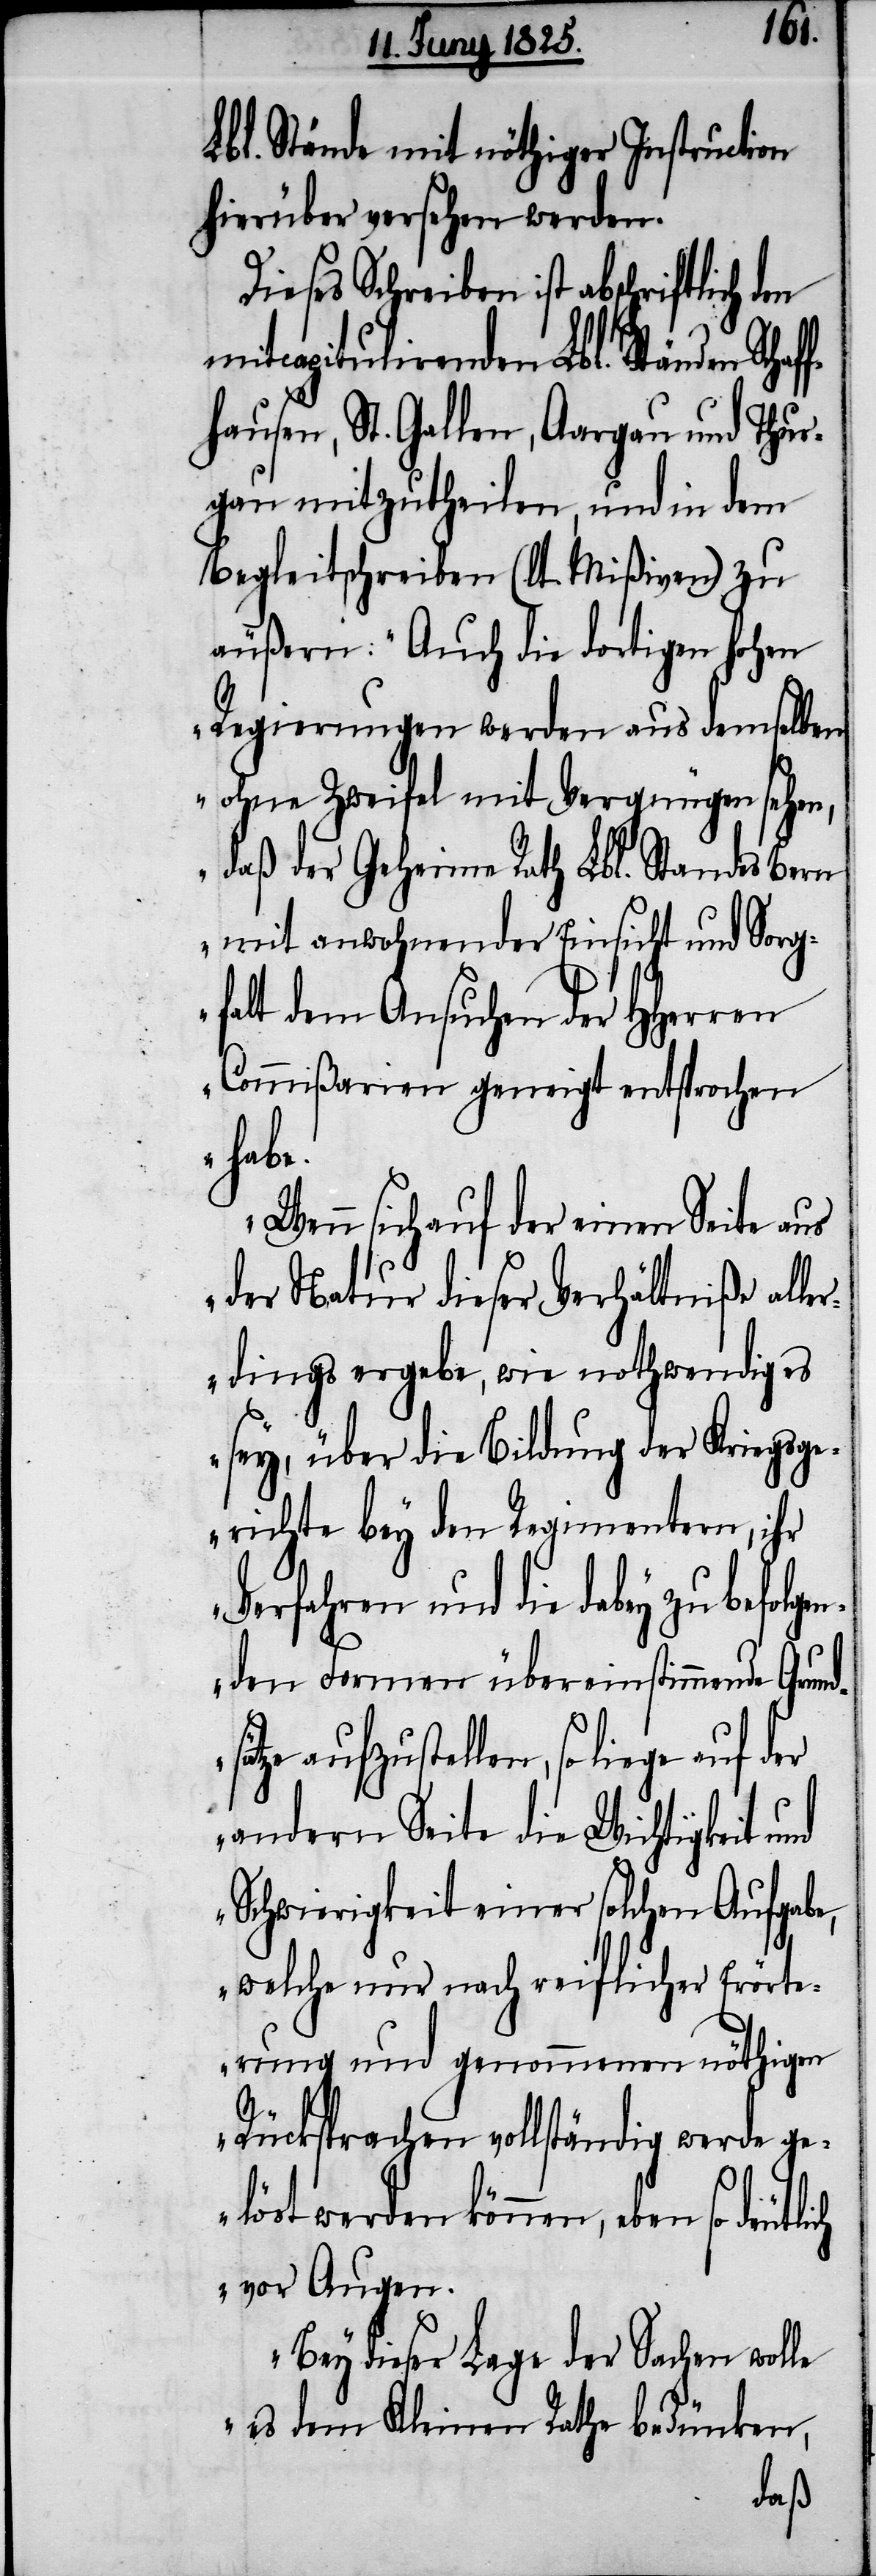
Lbl. Stände mit nöthiger Instruction
hierüber versehen werden.
Dieses Schreiben ist abschriftlich
mitcapitulirenden Lbl. Ständen Schaf¬
fhausen, St. Gallen, Aargau und Thur¬
gau mitzutheilen, und in dem
Begleitschreiben (lt. Mißiven) zu
äußern: „Auch die dortigen hohen
Regierungen werden aus demselben
ohne Zweifel mit Vergnügen sehen,
ch
mit anwohnender Einsicht und Sorg¬
falt dem Ansuchen der HHerrn
Commißarien geneigt entsprochen
habe.
Wenn sich auf der einen Seite aus
der Natur dieser Verhältniße alle¬
rdings ergebe, wie nothwendig es
sey, über die Bildung der Kriegsge¬
richte bey den Regimentern, ihr
die dabey zu befolge¬
nden Formen übereinstimmende Grund¬
ätze aufzustellen, so liege auf der
andern Seite die Wichtigkeit
Schwierigkeit einer solchen Aufgabe,
welche nur nach reiflicher Erörte¬
rung und genommenen nöthigen
Rücksprachen vollständig werde g¬
elöst werden können, eben so deutli¬
vor Augen.
Bey dieser Lage der Sachen wolle
es dem Kleinen Rathe bedünken,
der